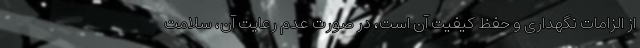
از الزامات نگهداری و حفظ کیفیت آن است، در صورت عدم رعایت آن، سلامت